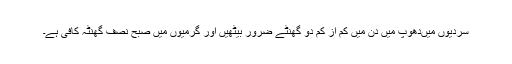
سردیوں میںدھوپ میں دن میں کم از کم دو گھنٹے ضرور بیٹھیں اور گرمیوں میں صبح نصف گھنٹہ کافی ہے۔